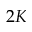
2 K